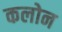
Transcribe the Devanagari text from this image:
कलोन